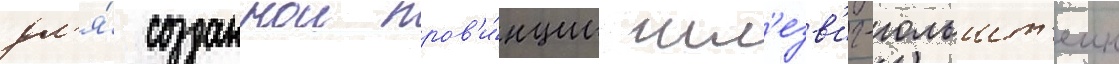
дл'я́ созданнои пров'и́нции шл'езв'иг-гольшт'еин